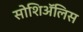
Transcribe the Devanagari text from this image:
सोशिअॅलिस